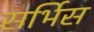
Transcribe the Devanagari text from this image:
सर्भिस